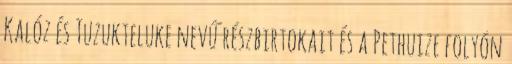
Kalóz és Tuzukteluke nevű részbirtokait és a Pethuize folyón